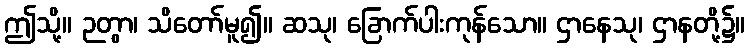
ဤသို့။ ဉတွာ၊ သိတော်မူ၍။ ဆသု၊ ခြောက်ပါးကုန်သော။ ဌာနေသု၊ ဌာနတို့၌။